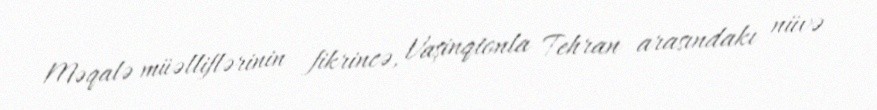
Məqalə müəlliflərinin fikrincə, Vaşinqtonla Tehran arasındakı nüvə